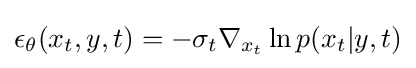
\epsilon _{\theta }(x_{t},y,t)=-\sigma _{t}\nabla _{x_{t}}\ln p(x_{t}|y,t)